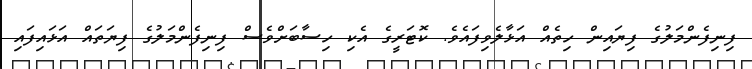
ފިނިފެންމަލުގެ ފިޔައިން ހިތެއް އަޅާލެވިފައެވެ. ކޮޓަރީގެ އެކި ހިސާބަށްވެސް ފިނިފެންމަލުގެ ފިޔަތައް އަޅައިފައި